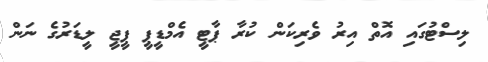
ލިސްޓުގައި އޮތް އިރު ވެރިކަން ކުރާ ޕާޓީ އެމްޑީޕީ ޕީޖީ ލީޑަރުގެ ނަން